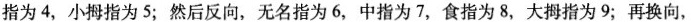
指为4，小拇指为5；然后反向，无名指为6，中指为7，食指为8，大拇指为9；再换向，